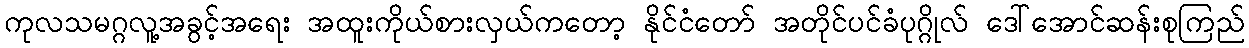
ကုလသမဂ္ဂလူ့အခွင့်အရေး အထူးကိုယ်စားလှယ်ကတော့ နိုင်ငံတော် အတိုင်ပင်ခံပုဂ္ဂိုလ် ဒေါ်အောင်ဆန်းစုကြည်